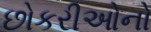
છોકરીઓનો